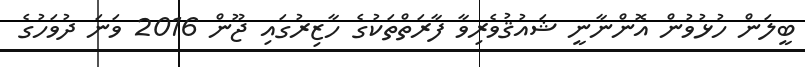
ބީލަން ހުޅުވުން އޮންނާނީ ޝައުޤުވެރިވާ ފާރަތްތަކުގެ ހާޒިރުގައި ޖޫން 2016 ވަނަ ދުވަހުގެ